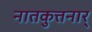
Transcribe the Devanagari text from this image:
नातकुत्तनार्